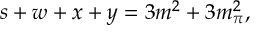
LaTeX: s + w + x + y = 3 m ^ { 2 } + 3 m _ { \pi } ^ { 2 } ,